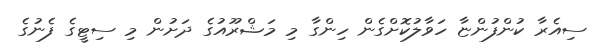
ސިއެރާ ކުންފުންޏާ ހަވާލުކޮށްގެން ހިންގާ މި މަޝްރޫއުގެ ދަށުން މި ސިޓީގެ ފެނުގެ